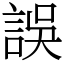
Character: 誤